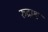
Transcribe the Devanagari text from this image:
रुद्राश्व